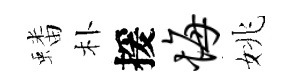
蟠朴援悔姚